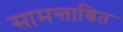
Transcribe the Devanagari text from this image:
सामन्ताश्रित